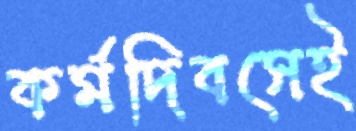
কর্মদিবসেই